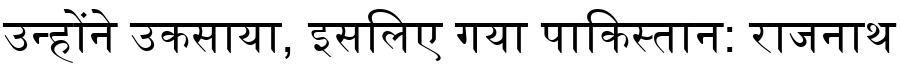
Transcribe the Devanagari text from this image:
उन्होंने उकसाया, इसलिए गया पाकिस्तान: राजनाथ